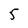
Character: 5